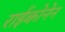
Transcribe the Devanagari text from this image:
राईकोनेन